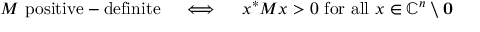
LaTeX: M { \mathrm { ~ p o s i t i v e - d e f i n i t e } } \quad \iff \quad x ^ { * } M x > 0 { \mathrm { ~ f o r ~ a l l ~ } } x \in \mathbb { C } ^ { n } \setminus \mathbf { 0 }